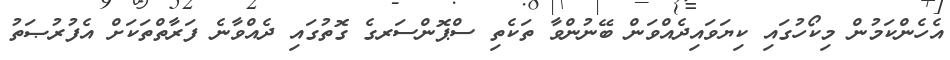
އެހެންކަމުން މިކޯހުގައި ކިޔަވައިދެއްވަން ބޭނުންވާ ތަކެތި ސްޕޮންސަރގެ ގޮތުގައި ދެއްވާނެ ފަރާތްތަކަށް އެފުރުޞަތު